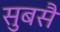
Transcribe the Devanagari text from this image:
सुबसै